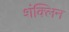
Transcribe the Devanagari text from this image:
शंक्लिन